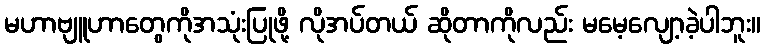
မဟာဗျူဟာတွေကိုအသုံးပြုဖို့ လိုအပ်တယ် ဆိုတာကိုလည်း မမေ့လျော့ခဲ့ပါဘူး။